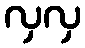
လှလှ